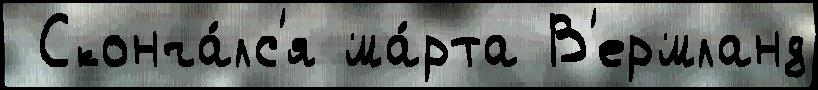
 Сконча́лс'я ма́рта В'ермланд